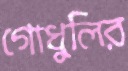
গোধুলির